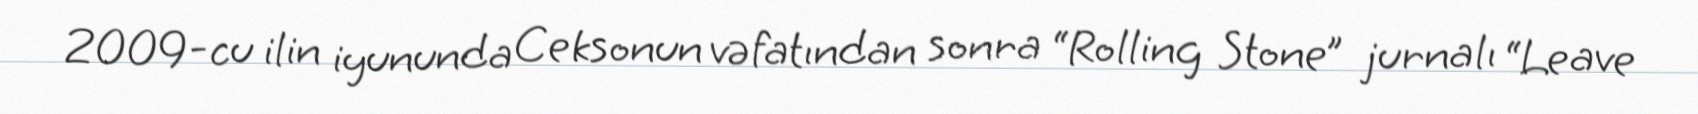
2009-cu ilin iyununda Ceksonun vəfatından sonra “Rolling Stone” jurnalı “Leave